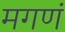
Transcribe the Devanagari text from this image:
मगणं